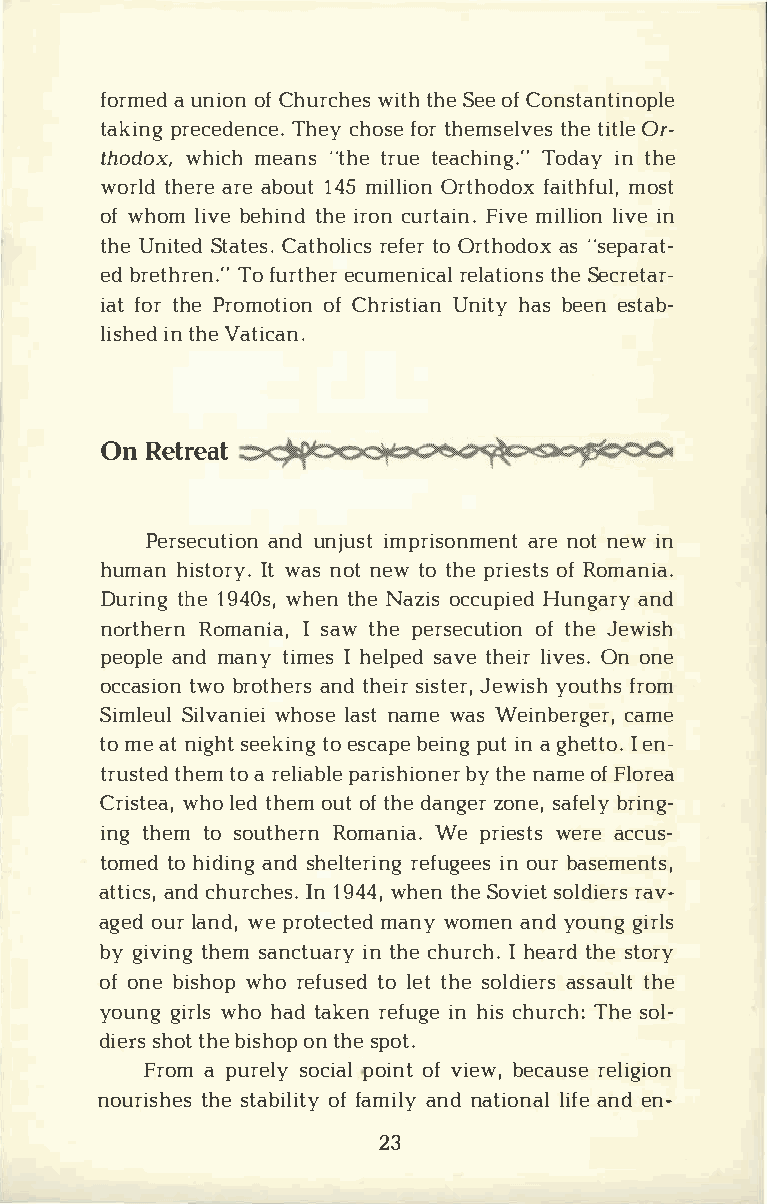
formaue ndi oofCn h urcwhiettshh e oSfCe oen stantinople
 takipnrge cedTehneccyhe o.fs oetr h emsetlhtveie Otsrl ­e
 thodowxh,i cmhe an"st hter utee achTiondgai.yn"t he
 wortlhde arreae b o1u4tm5 i llOirotnh ofdaoixt mhofsutl ,
 ofw holmi bveeh itnhider ocnu rtFaiivmnei. l lliioivnne
 thUen itSetda tCeast.h orleiftceoOsr r thoads"o sxe parat­
 edb rethTroef nu.r"te hceurm enrieclaatlth iSeoe ncsr etar­
 iafto trh Per omootfiC ohnr isUtniiahtnay bs e eens tab­
 lisihnte hdVe a tican.
 OnR etreat
 Persecauntudin ojnui smtp risoanrnmeoe ntne twi n
 humahni stIotwr ayns.o nte wt ot hper ieosfRt osm ania.
 Duritnhg1e 9 4w0hse,tn h Nea zoicsc upHiuendg aarnyd
 northReormna nIis aa,wt hpee rsecouftt hiJeoe nw ish
 peopalnemd a ntyi mIeh se lpseadvt eh eliirv Oenso .n e
 occatswiboor no tahnetdrh se siirs Jteewri,ys ohu tfhrso m
 SimlSeiullv awnhioesliean satm wea sWe inbecragmeer ,
 tom ea tn igshete ktioen sgc abpeeip nugit na g hetIet no­.
 trusttheetdmoa r elipaabrlies hbiyto hnneae mroe fF lorea
 Criswtheola e,td h eomu otft hdea ngzeorns ea,f berliyn g­
 intgh etmos outhReormna nWieap .r iewsetrasec cus­
 tomteodh idiannsgdh elterinigno urbrea fsuegmeeenst s,
 attainccdsh ,u rcIhn1e 9s4.w4 h,e tnh Seo viet rsaovl­diers
 ageodul ra nwdep, r otemcatnweyod m eann ydo ugnigr ls
 byg ivitnhges ma nctiunta hrceyh urIch he.at rhdse t ory
 ofo nbei shwohpor efutsole edtt h seo ldaisesrastu hlet
 younggi rwlhsoh atda kreenf uignhe ic sh urTchhse:o l­
 diesrhsot thb ei sohontp hs ep ot.
 Froamp uresloycp ioailon fvt i ebwe,c arueslei gion
 nouritshhseet sa boiffl aimtiyal nynd a tiloinafaneled n -
 23